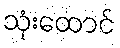
သုံးထောင်